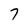
Character: 7